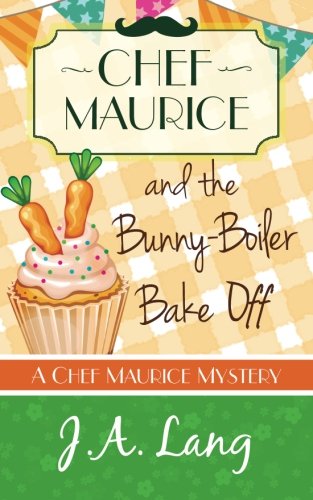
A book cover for Chef Maurice and the Bunny-Boiler Bake Off (Chef Maurice Mysteries) (Volume 3); J. A. Lang; Mystery, Thriller & Suspense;